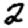
Digit: 2